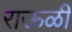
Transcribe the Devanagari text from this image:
राऊळी